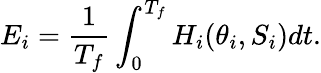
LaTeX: E_{i}=\frac{1}{T_{f}}\int_{0}^{T_{f}}H_{i}(\theta_{i},S_{i})dt.